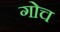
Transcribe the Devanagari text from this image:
गोच